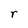
Character: r